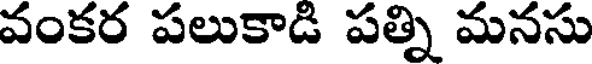
వంకర పలుకాడి పత్ని మనసు